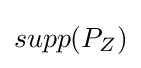
supp(P_{Z})